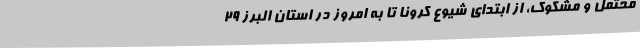
محتمل و مشکوک، از ابتدای شیوع کرونا تا به امروز در استان البرز 29